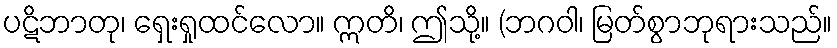
ပဋိဘာတု၊ ရှေးရှုထင်လော။ ဣတိ၊ ဤသို့။ (ဘဂဝါ၊ မြတ်စွာဘုရားသည်။